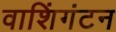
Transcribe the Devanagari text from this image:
वाशिंगंटन